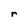
Character: r